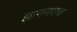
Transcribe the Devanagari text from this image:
झागनाशक